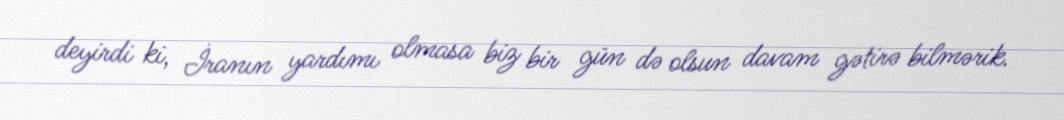
deyirdi ki, İranın yardımı olmasa biz bir gün də olsun davam gətirə bilmərik.